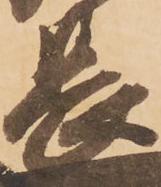
長